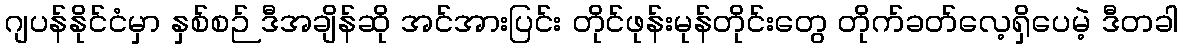
ဂျပန်နိုင်ငံမှာ နှစ်စဉ် ဒီအချိန်ဆို အင်အားပြင်း တိုင်ဖုန်းမုန်တိုင်းတွေ တိုက်ခတ်လေ့ရှိပေမဲ့ ဒီတခါ